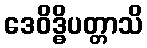
ဒေဝိဒ္ဓိပတ္တာသိ